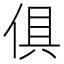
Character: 俱